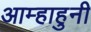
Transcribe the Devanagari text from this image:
आम्हाहुनी